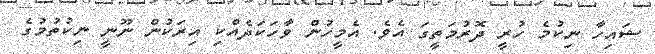
ޝައިހާ ނިކުމެ ހުރީ ދޮރުމަތީގަ އެވެ. އެމީހުން ވާހަކަދެއްކި އިރަކުން ނޫނީ ނިކުތުމުގެ